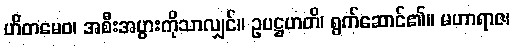
ဟိတမေဝ၊ အစီးအပွားကိုသာလျှင်။ ဥပဋ္ဌဟတိ၊ ရွက်ဆောင်၏။ မဟာရာဇ၊